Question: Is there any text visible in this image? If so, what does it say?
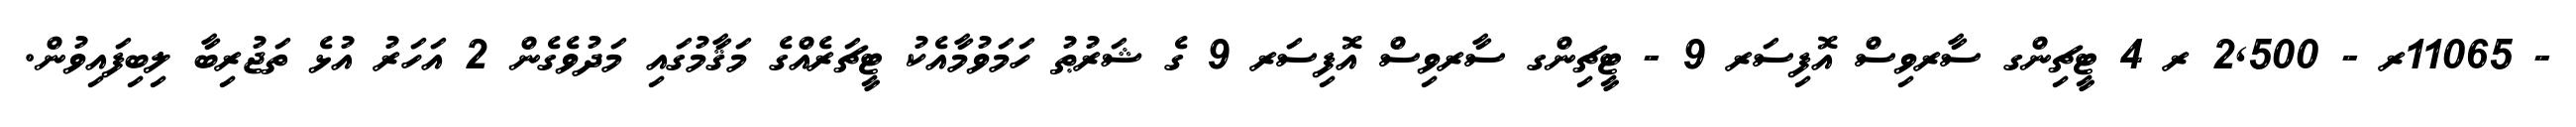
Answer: - 11065ރ - 2,500 ރ 4 ޓީޗިންގ ސާރވިސް އޮފިސަރ 9 - ޓީޗިންގ ސާރވިސް އޮފިސަރ 9 ގެ ޝަރުޠު ހަމަވުމާއެކު ޓީޗަރެއްގެ މަޤާމުގައި މަދުވެގެން 2 އަހަރު އުޅެ ތަޖުރިބާ ލިބިފައިވުން.